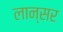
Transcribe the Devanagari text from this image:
लान्सर